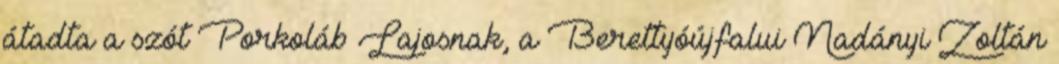
átadta a szót Porkoláb Lajosnak, a Berettyóújfalui Nadányi Zoltán